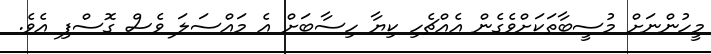
މީހުންނަށް މުސީބާތަކަށްވެގެން އެއްޗެހި ކިޔާ ހިސާބަށް އެ މައްސަލަ ވެސް ގޮސްފި އެވެ.